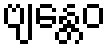
ဗျန္တေဝ